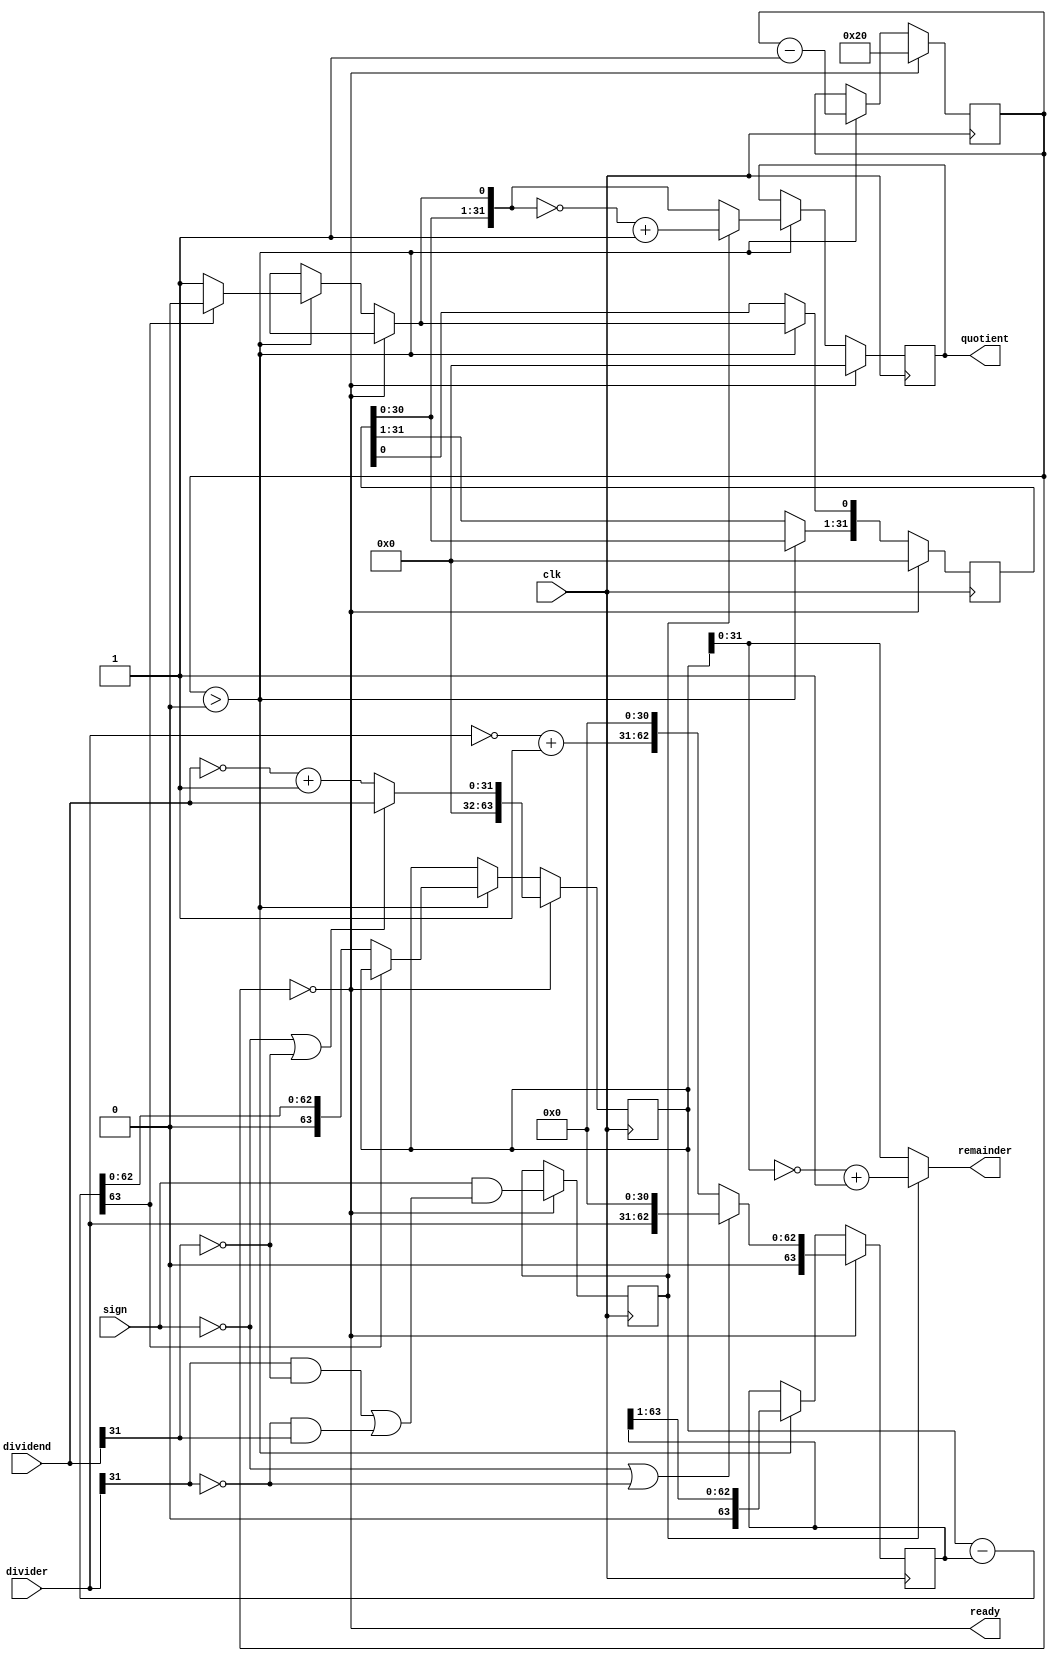
module Divide(ready,quotient,remainder,dividend,divider,sign,clk);

   input         clk;
   input         sign;
   input [31:0]  dividend, divider;
   output [31:0] quotient, remainder;
   output        ready;

   reg [31:0]    quotient, quotient_temp;
   reg [63:0]    dividend_copy, divider_copy, diff;
   reg           negative_output;
   
   wire [31:0]   remainder = (!negative_output) ? 
                             dividend_copy[31:0] : 
                             ~dividend_copy[31:0] + 1'b1;

   reg [5:0]     bit; 
   wire          ready = !bit;

   initial bit = 0;  // for repeating 32 times
   initial negative_output = 0;

   always @( posedge clk ) 

     if ( ready ) begin

        bit = 6'd32;
        quotient = 0;
        quotient_temp = 0;
        dividend_copy = (!sign || !dividend[31]) ? 
                        {32'd0,dividend} : 
                        {32'd0,~dividend + 1'b1};
        divider_copy = (!sign || !divider[31]) ? 
                       {1'b0,divider,31'd0} : 
                       {1'b0,~divider + 1'b1,31'd0};

        negative_output = sign &&
                          ((divider[31] && !dividend[31]) 
                        ||(!divider[31] && dividend[31]));
        
     end 
     else if ( bit > 0 ) begin

        diff = dividend_copy - divider_copy;

        quotient_temp = quotient_temp << 1;

        if( !diff[63] ) begin

           dividend_copy = diff;
           quotient_temp[0] = 1'd1;

        end

        quotient = (!negative_output) ? 
                   quotient_temp : 
                   ~quotient_temp + 1'b1;

        // shift right divider_copy 1 bit
        divider_copy = divider_copy >> 1;

        bit = bit - 1'b1; // repeat 32 times

     end
endmodule